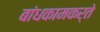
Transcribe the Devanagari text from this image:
बांधकामकर्ते